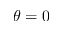
\theta = 0